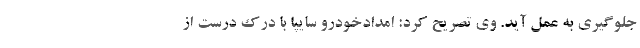
جلوگیری به عمل آید. وی تصریح کرد: امدادخودرو سایپا با درک درست از